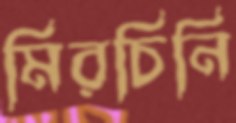
মিরচিনি